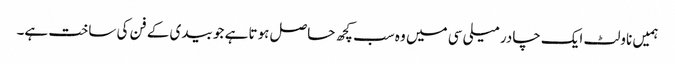
ہمیں ناولٹ ایک چادر میلی سی میں وہ سب کچھ حاصل ہوتا ہے جو بیدی کے فن کی ساخت ہے۔